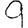
Digit: 9